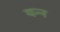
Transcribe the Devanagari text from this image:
यन्न